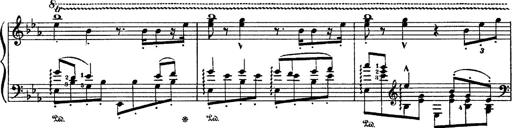
Title: Fantaisie sur des motifs favoris de l'opÃ©ra 'La sonnambula'
Composer: Franz Liszt